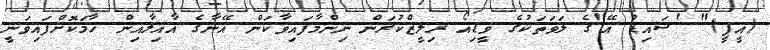
(އީޕީ)" 'ސައިޑް އޭ'ގެ ލަވަތަކުގެ ވީޑިއޯ ރިލީޒްކުރަން ނިންމާފައިވާކަން އޭނާގެ އާއިލާއިން ހާމަކޮށްފައިވަނީ